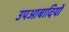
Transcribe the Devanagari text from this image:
उपआबादियों